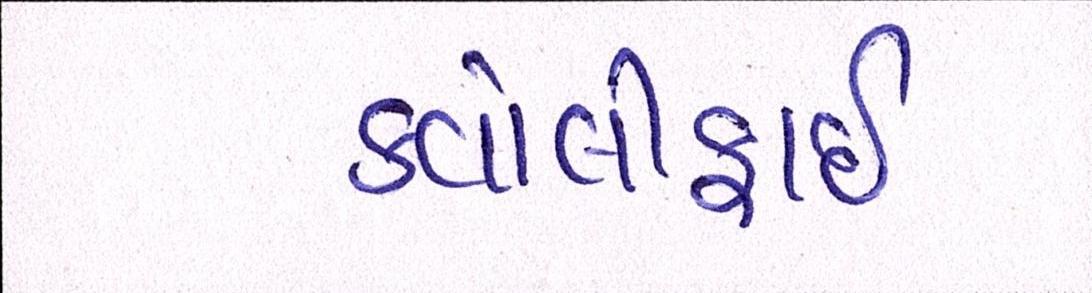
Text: કવોલીફાઈ